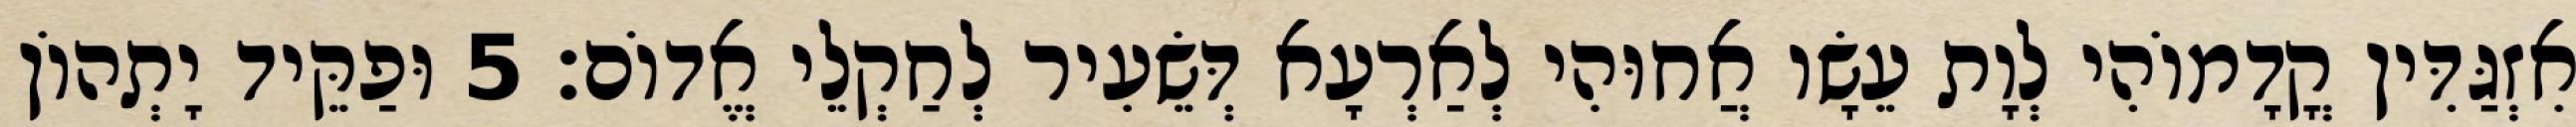
אִזְגַּדִּין קֳדָמוֹהִי לְוָת עֵשָׂו אֲחוּהִי לְאַרְעָא דְּשֵׂעִיר לְחַקְלֵי אֱדוֹם׃ 5 וּפַקֵּיד יָתְהוֹן